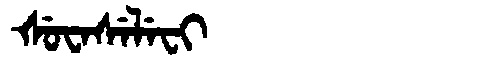
Manchu: ᡧᡠᠸᠠᠰᡝᠯᡝᠸᡳ
Romanization: ŠUWASELEFI